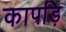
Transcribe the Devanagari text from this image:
कापड़ि